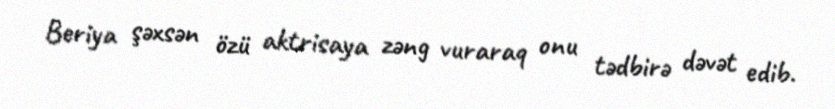
Beriya şəxsən özü aktrisaya zəng vuraraq onu tədbirə dəvət edib.